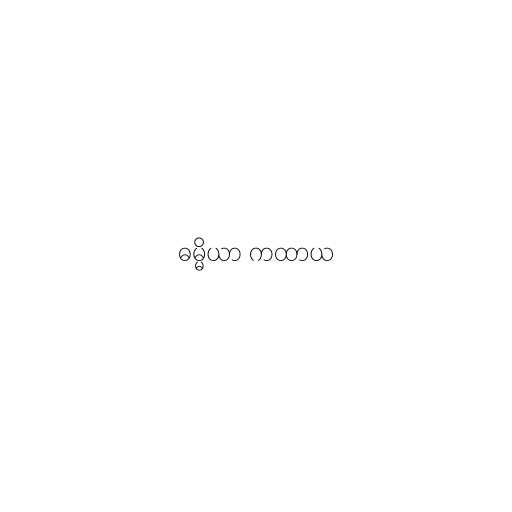
ဓမ္မိယာ ကထာယ